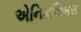
એનિમલિબસ